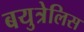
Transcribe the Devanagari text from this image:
बयुत्रेलिस